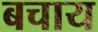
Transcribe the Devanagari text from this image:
बचाय